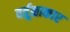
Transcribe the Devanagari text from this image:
वर्तूळाकार